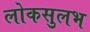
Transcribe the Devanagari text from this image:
लोकसुलभ